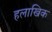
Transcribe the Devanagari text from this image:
हलाखिक